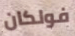
فولكان